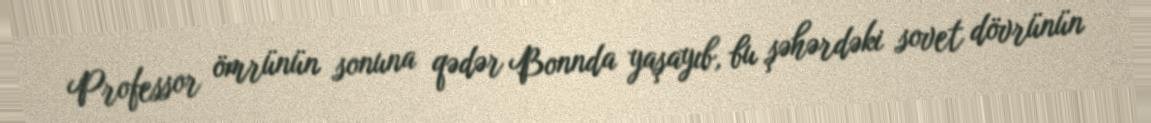
Professor ömrünün sonuna qədər Bonnda yaşayıb, bu şəhərdəki sovet dövrünün